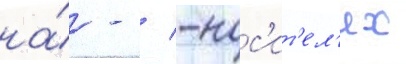
на́ - / -нос'ит'ел'ях